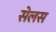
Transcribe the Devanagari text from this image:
सेलस